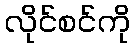
လိုင်စင်ကို